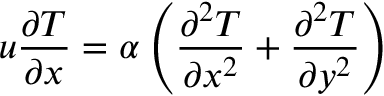
u \frac { \partial T } { \partial x } = \alpha \left( \frac { \partial ^ { 2 } T } { \partial x ^ { 2 } } + \frac { \partial ^ { 2 } T } { \partial y ^ { 2 } } \right)